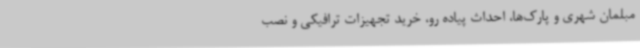
مبلمان شهری و پارک‌ها، احداث پیاده رو، خرید تجهیزات ترافیکی و نصب